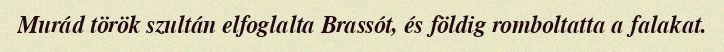
Murád török szultán elfoglalta Brassót, és földig romboltatta a falakat.